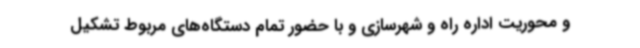
و محوریت اداره راه و شهرسازی و با حضور تمام دستگاه‌های مربوط تشکیل